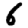
Digit: 6